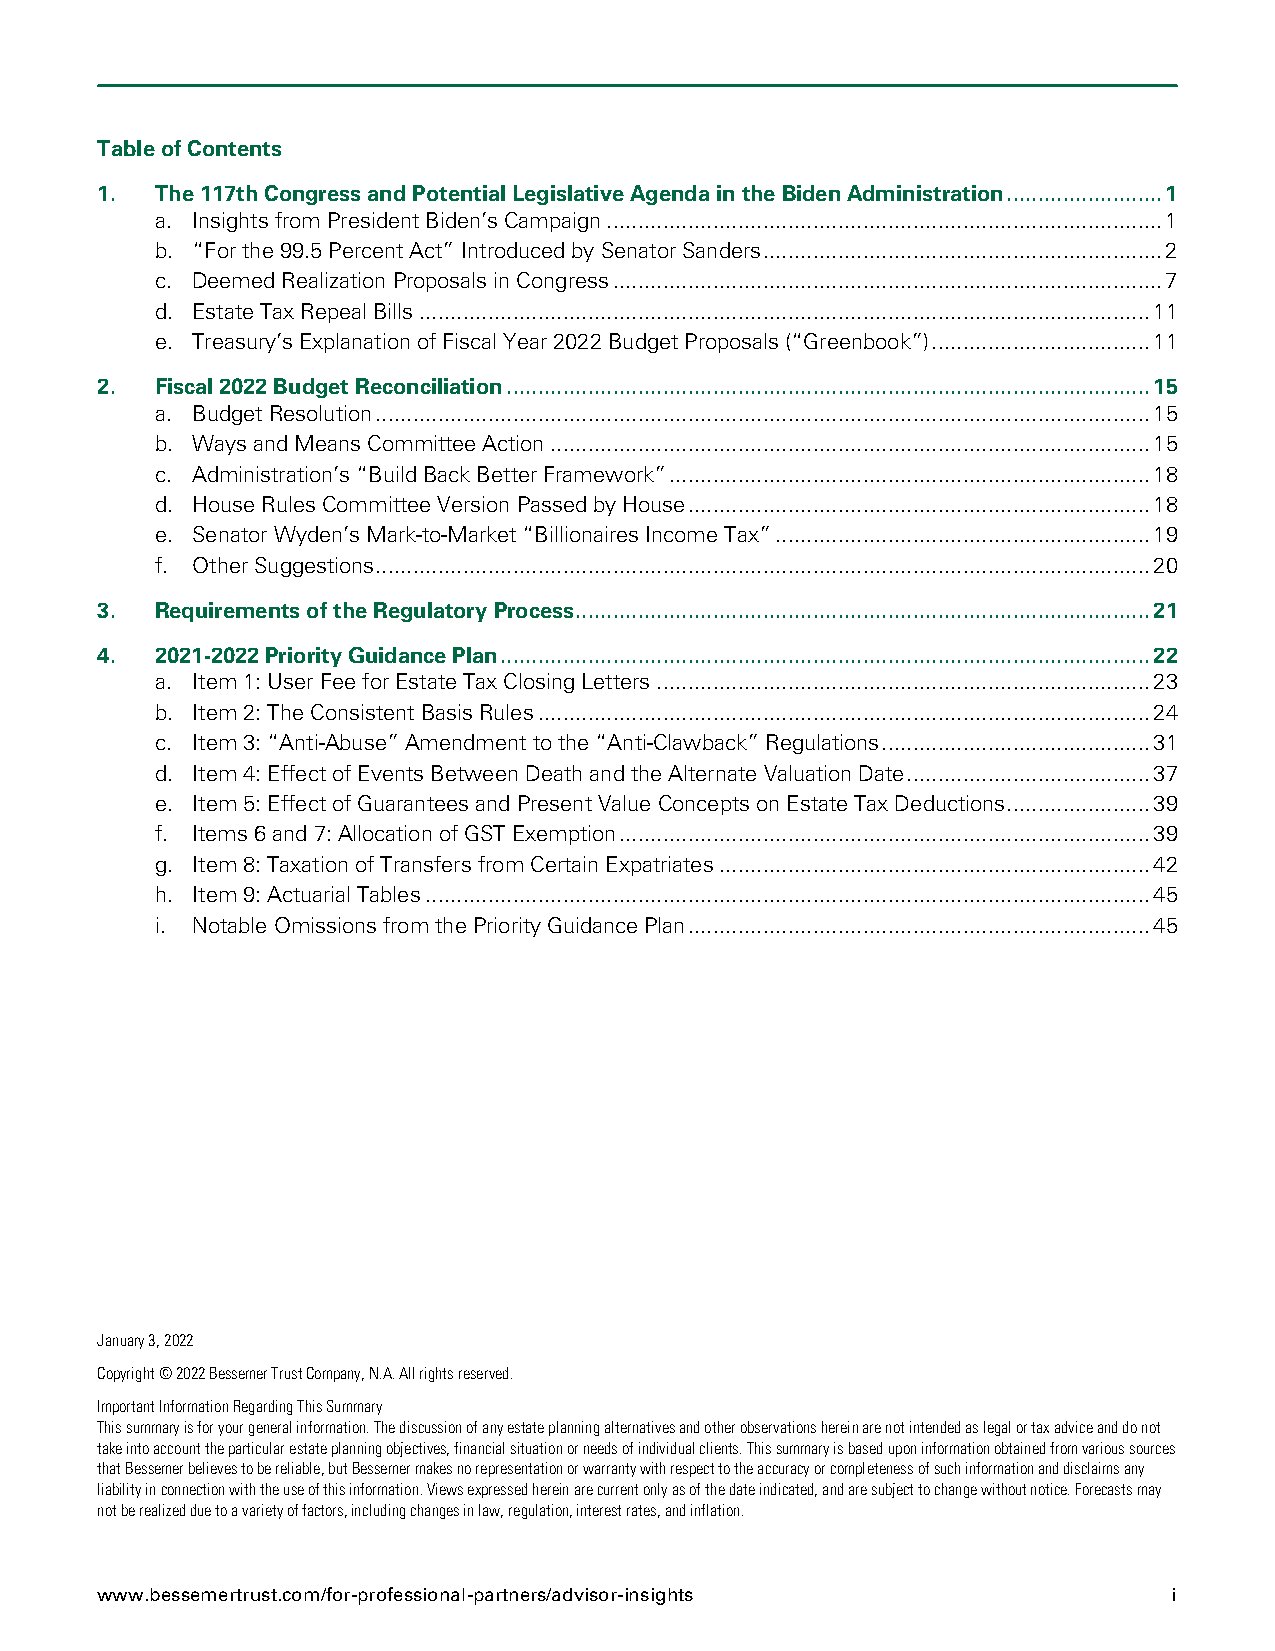
Table of Contents
 1.  The 117th Congress and Potential Legislative Agenda in the Biden Administration ......................... 1
 a. Insights from President Biden’s Campaign ......................................................................................... 1
 b. “For the 99.5 Percent Act” Introduced by Senator Sanders ................................................................ 2
 c. Deemed Realization Proposals in Congress ........................................................................................ 7
 d. Estate Tax Repeal Bills ..................................................................................................................... 11
 e. Treasury’s Explanation of Fiscal Year 2022 Budget Proposals (“Greenbook”) ................................... 11
 2.  Fiscal 2022 Budget Reconciliation ....................................................................................................... 15
 a. Budget Resolution ............................................................................................................................ 15
 b. Ways and Means Committee Action ................................................................................................ 15
 c. Administration’s “Build Back Better Framework” ............................................................................. 18
 d. House Rules Committee Version Passed by House .......................................................................... 18
 e. Senator Wyden’s Mark-to-Market “Billionaires Income Tax” ............................................................ 19
 f. Other Suggestions ............................................................................................................................ 20
 3.  Requirements of the Regulatory Process ............................................................................................ 21
 4.  2021-2022 Priority Guidance Plan ........................................................................................................ 22
 a. Item 1: User Fee for Estate Tax Closing Letters ............................................................................... 23
 b. Item 2: The Consistent Basis Rules .................................................................................................. 24
 c. Item 3: “Anti-Abuse” Amendment to the “Anti-Clawback” Regulations ........................................... 31
 d. Item 4: Effect of Events Between Death and the Alternate Valuation Date ....................................... 37
 e. Item 5: Effect of Guarantees and Present Value Concepts on Estate Tax Deductions ....................... 39
 f. Items 6 and 7: Allocation of GST Exemption ..................................................................................... 39
 g. Item 8: Taxation of Transfers from Certain Expatriates ..................................................................... 42
 h. Item 9: Actuarial Tables .................................................................................................................... 45
 i. Notable Omissions from the Priority Guidance Plan .......................................................................... 45
 January 3, 2022
 Copyright © 2022 Bessemer Trust Company, N.A. All rights reserved.
 Important Information Regarding This Summary
 This summary is for your general information. The discussion of any estate planning alternatives and other observations herein are not intended as legal or tax advice and do not
 take into account the particular estate planning objectives, financial situation or needs of individual clients. This summary is based upon information obtained from various sources
 that Bessemer believes to be reliable, but Bessemer makes no representation or warranty with respect to the accuracy or completeness of such information and disclaims any
 liability in connection with the use of this information. Views expressed herein are current only as of the date indicated, and are subject to change without notice. Forecasts may
 not be realized due to a variety of factors, including changes in law, regulation, interest rates, and inflation.
 www.bessemertrust.com/for-professional-partners/advisor-insights        i